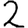
Digit: 2